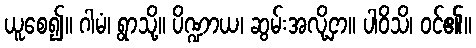
ယူစေ၍။ ဂါမံ၊ ရွာသို့။ ပိဏ္ဍာယ၊ ဆွမ်းအလို့ငှာ။ ပါဝိသိ၊ ဝင်၏။